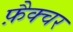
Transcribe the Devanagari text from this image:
फ़ैक्चर